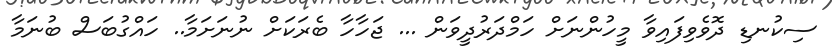
ސިކުނޑި ދޮވެވިފައިވާ މީހުންނަށް ހަމްދަރުދީވަން ... ޖަހާހާ ބެރަކަށް ނުނަށަމާ.. ހައްގުބަސް ބުނަމާ